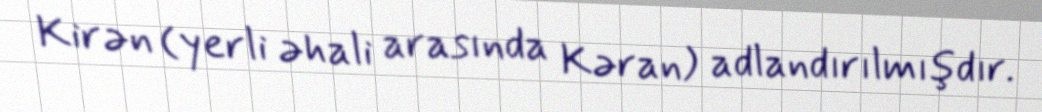
Kirən (yerli əhali arasında Kəran) adlandırılmışdır.